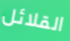
القلائل